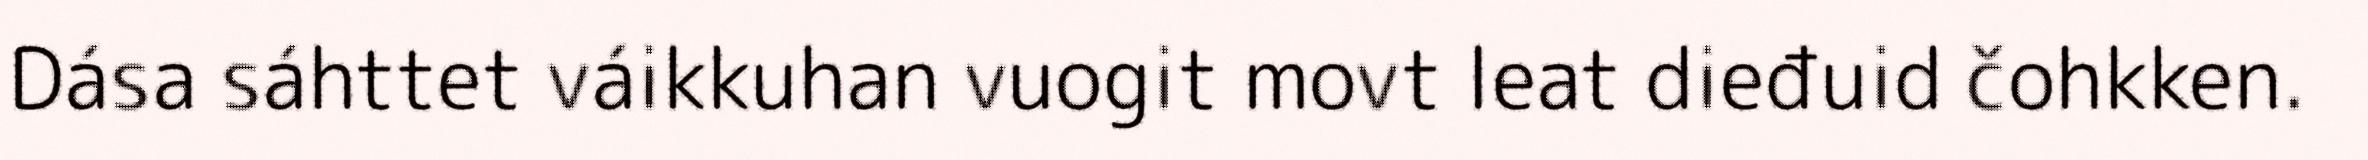
Dása sáhttet váikkuhan vuogit movt leat dieđuid čohkken.